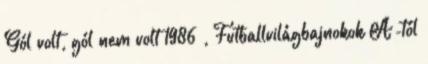
Gól volt, gól nem volt 1986 , Futballvilágbajnokok A-tól